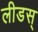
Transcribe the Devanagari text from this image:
लीडस्